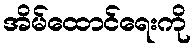
အိမ်ထောင်ရေးကို